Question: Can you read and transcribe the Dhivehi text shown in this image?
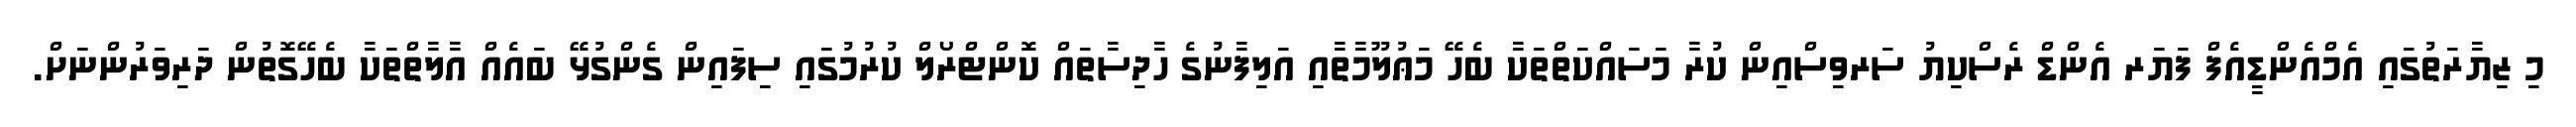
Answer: މި ޒިޔާރަތުގައި އެމްއެންޑީއެފް ފަޔަރ އެންޑް ރެސްކިޔު ސަރވިސްއިން ކުރާ މަސައްކަތްތަކާ ބެހޭ މަޢުލޫމާތާއި އަލިފާނުގެ ހާދިސާތައް ކޮންޓްރޯލް ކުރުމުގައި ސިފައިން ގެންގުޅޭ ބައެއް އާލާތްތަކާ ބެހޭގޮތުން ދަރިވަރުންނަށް.